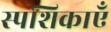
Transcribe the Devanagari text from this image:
स्पशिकाएँ